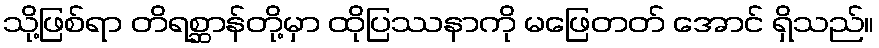
သို့ဖြစ်ရာ တိရစ္ဆာန်တို့မှာ ထိုပြဿနာကို မဖြေတတ် အောင် ရှိသည်။